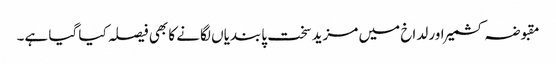
مقبوضہ کشمیر اور لداخ میں مزید سخت پابندیاں لگانے کا بھی فیصلہ کیا گیا ہے۔